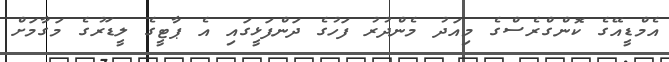
އެމްޑީއޭގެ ކޮންގްރެސްގެ މިއަދު މެންދުރު ފަހުގެ ދަންފަޅީގައި އެ ޕާޓީގެ ލީޑަރުގެ މަގާމަށް